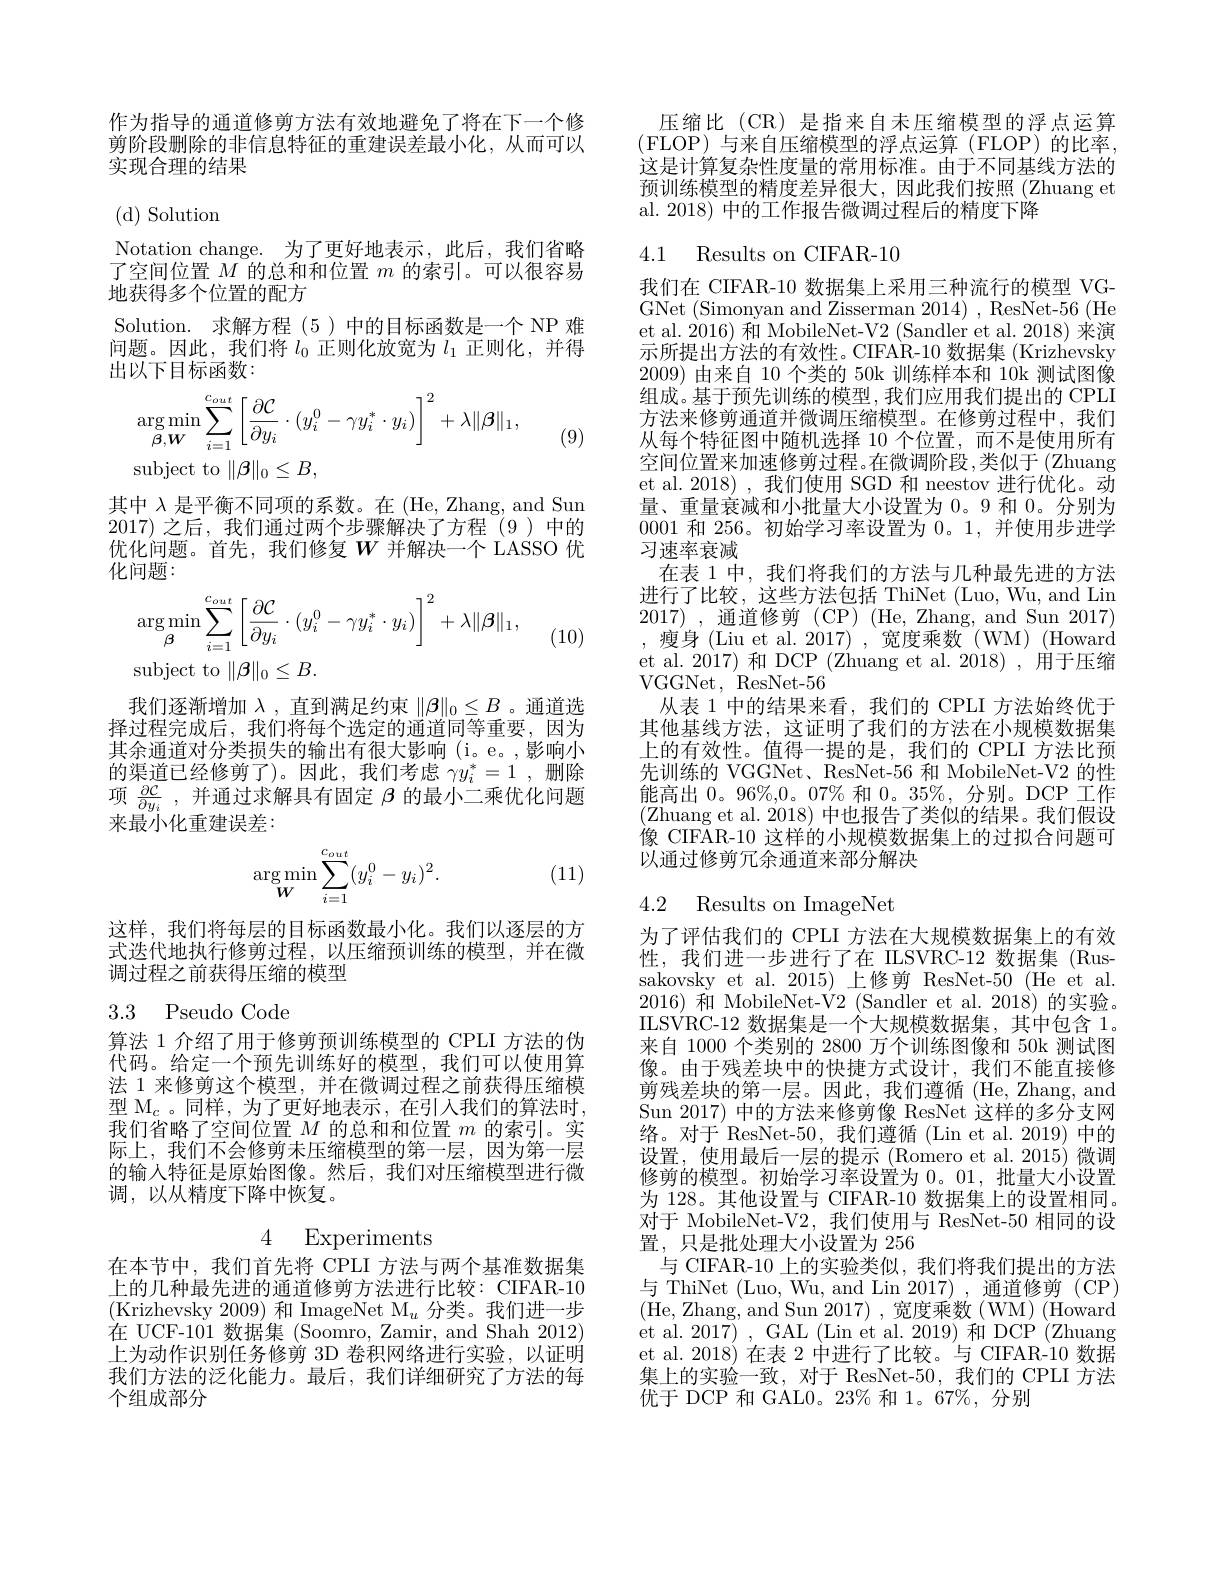
作为指导的通道修剪方法有效地避免了将在下一个修剪阶段删除的非信息特征的重建误差最小化，从而可以实现合理的结果

(d) Solution

Notation change. 为了更好地表示，此后，我们省略了空间位置$M$的总和和位置$m$的索引。可以很容易地获得多个位置的配方
Solution. 求解方程 (5)中的目标函数是一个 NP 难问题。因此，我们将$l_{0}$正则化放宽为$l_{1}$正则化，并得出以下目标函数：
$$\begin{aligned}&\arg\min_{\boldsymbol{\beta},\boldsymbol{W}}\sum_{i=1}^{c_{out}}\left[\frac{\partial\mathcal{C}}{\partial y_{i}}\cdot(y_{i}^{0}-\gamma y_{i}^{*}\cdot y_{i})\right]^{2}+\lambda\|\boldsymbol{\beta}\|_{1},\\&\mathrm{subject~to}\:\|\boldsymbol{\beta}\|_{0}\leq B,\end{aligned}$$
(9)

其中$\lambda$是平衡不同项的系数。在 (He, Zhang, and Sun 2017)之后，我们通过两个步骤解决了方程(9)中的优化问题。首先，我们修复$W$ 并解决一个 LASSO 优化问题：
$$\begin{aligned}&\arg\min_{\boldsymbol{\beta}}\sum_{i=1}^{c_{out}}\left[\frac{\partial\mathcal{C}}{\partial y_{i}}\cdot(y_{i}^{0}-\gamma y_{i}^{*}\cdot y_{i})\right]^{2}+\lambda\|\boldsymbol{\beta}\|_{1},\\&\mathrm{subject~to}\:\|\boldsymbol{\beta}\|_{0}\leq B.\end{aligned}$$
(10)

我们逐渐增加$\lambda$ ,直到满足约束$\|\beta\|_0\leq B$ 。通道选择过程完成后，我们将每个选定的通道同等重要，因为其余通道对分类损失的输出有很大影响(i。e。,影响小的渠道已经修剪了)。因此，我们考虑$\gamma y_i^*=1$ ,删除项$\frac {\partial C}{\partial y_i}$ ,并通过求解具有固定$\beta$的最小二乘优化问题来最小化重建误差：

(11)
$$\underset{W}{\arg\min}\sum_{i=1}^{c_{out}}(y_i^0-y_i)^2.$$
这样，我们将每层的目标函数最小化。我们以逐层的方式迭代地执行修剪过程，以压缩预训练的模型，并在微调过程之前获得压缩的模型

## 3.3 Pseudo Code

算法 1 介绍了用于修剪预训练模型的 CPLI 方法的伪代码。给定一个预先训练好的模型，我们可以使用算法 1 来修剪这个模型，并在微调过程之前获得压缩模型$\mathcal{M}_c$。同样，为了更好地表示，在引入我们的算法时， 我们省略了空间位置$M$的总和和位置$m$的索引。实际上，我们不会修剪未压缩模型的第一层，因为第一层的输入特征是原始图像。然后，我们对压缩模型进行微调，以从精度下降中恢复。

在本节中，我们首先将 CPLI 方法与两个基准数据集上的几种最先进的通道修剪方法进行比较：CIFAR-10 (Krizhevsky 2009) 和 ImageNet M$_u$分类。我们进一步在 UCF-101 数据集 (Soomro, Zamir, and Shah 2012) 上为动作识别任务修剪 3D 卷积网络进行实验，以证明我们方法的泛化能力。最后，我们详细研究了方法的每个组成部分

压缩比(CR)是指来自未压缩模型的浮点运算(FLOP)与来自压缩模型的浮点运算(FLOP)的比率， 这是计算复杂性度量的常用标准。由于不同基线方法的预训练模型的精度差异很大，因此我们按照(Zhuang et al. 2018) 中的工作报告微调过程后的精度下降

4.1 Results on CIFAR-10

我们在 CIFAR-10 数据集上采用三种流行的模型 VGGNet (Simonyan and Zisserman 2014) , ResNet-56 (He et al. 2016) 和 MobileNet-V2 (Sandler et al. 2018) 来演示所提出方法的有效性。CIFAR-10 数据集 (Krizhevsky 2009)由来自 10 个类的 50k 训练样本和 10k 测试图像组成。基于预先训练的模型，我们应用我们提出的 CPLI 方法来修剪通道并微调压缩模型。在修剪过程中，我们从每个特征图中随机选择 10 个位置，而不是使用所有空间位置来加速修剪过程。在微调阶段，类似于(Zhuang et al.2018),我们使用 SGD 和 neestov 进行优化。动量、重量衰减和小批量大小设置为 0。9 和0。分别为0001和 256。初始学习率设置为0。1,并使用步进学习速率衰减
在表 1 中，我们将我们的方法与几种最先进的方法进行了比较，这些方法包括 ThiNet (Luo, Wu, and Lin 2017) , 通道修剪(CP) (He,Zhang,and Sun2017) ,瘦身(Liu et al. 2017),宽度乘数(WM)(Howard et al. 2017) 和 DCP (Zhuang et al. 2018) , 用于压缩VGGNet, $ResNet- 56$
从表 1 中的结果来看，我们的 CPLI 方法始终优于其他基线方法，这证明了我们的方法在小规模数据集上的有效性。值得一提的是，我们的 CPLI 方法比预先训练的 VGGNet、 ResNet-56 和 MobileNet-V2 的性能高出$0。96\%,0。07\%$和$0。35\%$,分别。DCP 工作(Zhuang et al. 2018) 中也报告了类似的结果。我们假设像 CIFAR-10 这样的小规模数据集上的过拟合问题可以通过修剪冗余通道来部分解决

### 4.2 Results on ImageNet

为了评估我们的 CPLI 方法在大规模数据集上的有效性，我们进一步进行了在 ILSVRC-12 数据集 (Russakovsky et al. 2015) 上修剪 ResNet-50 (He et al. 2016)和 MobileNet-V2 (Sandler et al. 2018)的实验。ILSVRC-12 数据集是一个大规模数据集，其中包含 1。来自 1000 个类别的 2800 万个训练图像和 50k 测试图像。由于残差块中的快捷方式设计，我们不能直接修剪残差块的第一层。因此，我们遵循 (He,Zhang, and Sun 2017) 中的方法来修剪像 ResNet 这样的多分支网络。对于 ResNet-50, 我们遵循 (Lin et al. 2019) 中的设置，使用最后一层的提示(Romero et al.2015)微调修剪的模型。初始学习率设置为 0。01,批量大小设置为 128。其他设置与 CIFAR-10 数据集上的设置相同。对于 MobileNet-V2,我们使用与 ResNet-50 相同的设置，只是批处理大小设置为 256
与 CIFAR-10 上的实验类似，我们将我们提出的方法与 ThiNet (Luo, Wu, and Lin 2017),通道修剪(CP) (He, Zhang, and Sun 2017), 宽度乘数 (WM) (Howard et al. 2017) , GAL (Lin et al. 2019) 和 DCP (Zhuang et al. 2018) 在表 2 中进行了比较。与 CIFAR-10 数据集上的实验一致，对于 ResNet-50,我们的 CPLI 方法优于 DCP 和 GAL0。23% 和 1。67%,分别